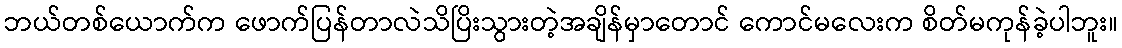
ဘယ်တစ်ယောက်က ဖောက်ပြန်တာလဲသိပြိးသွားတဲ့အချိန်မှာတောင် ကောင်မလေးက စိတ်မကုန်ခဲ့ပါဘူး။